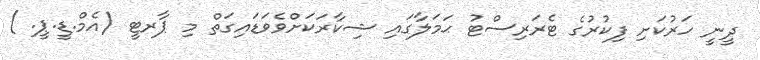
ދީނީ ހަރުކަށި ފިކުރުގެ ޓެރަރިސްޓު ޙަމަލާގައި ޝިކާރަަކަށްވެވަޑައިގަތް މި ޕާރޓީ (އެމް.ޑީ.ޕީ. )